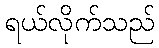
ရယ်လိုက်သည်